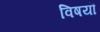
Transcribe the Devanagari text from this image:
विषयॊ